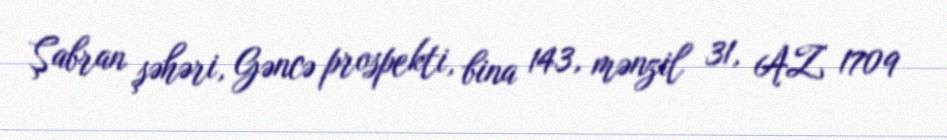
Şabran şəhəri, Gəncə prospekti, bina 143, mənzil 31, AZ 1709